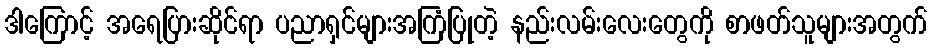
ဒါကြောင့် အရေပြားဆိုင်ရာ ပညာရှင်များအကြံပြုတဲ့ နည်းလမ်းလေးတွေကို စာဖတ်သူများအတွက်